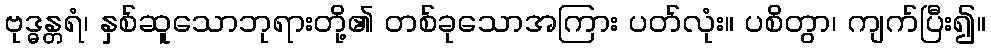
ဗုဒ္ဓန္တရံ၊ နှစ်ဆူသောဘုရားတို့၏ တစ်ခုသောအကြား ပတ်လုံး။ ပစိတွာ၊ ကျက်ပြီး၍။